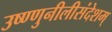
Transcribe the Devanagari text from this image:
उष्ण्णुनीलीसंदेशम्